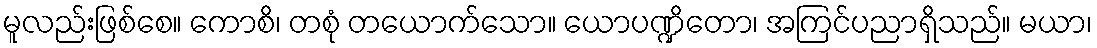
မူလည်းဖြစ်စေ။ ကောစိ၊ တစုံ တယောက်သော။ ယောပဏ္ဍိတော၊ အကြင်ပညာရှိသည်။ မယာ၊